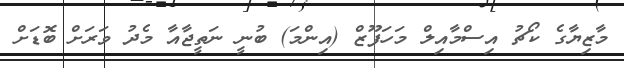
މާޒިޔާގެ ކޯޗު އިސްމާއިލް މަހަފޫޒް (އިންމަ) ބުނީ ނަތީޖާއާ މެދު ވަރަށް ބޮޑަށް